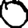
Digit: 0